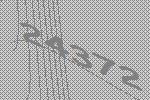
24372